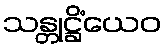
သန္တုဋ္ဌိံယေဝ